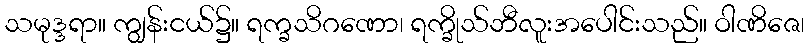
သမုဒ္ဒရာ။ ကျွန်းငယ်၌။ ရက္ခသိဂဏော၊ ရက္ခိုသ်ဘီလူးအပေါင်းသည်။ ဝါဏိဇေ၊